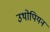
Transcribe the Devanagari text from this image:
उथोपियन